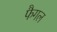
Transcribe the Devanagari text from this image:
फैगल